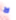
لا